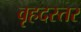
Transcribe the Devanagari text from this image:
वृहदस्तर